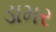
ડામર